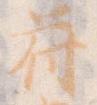
符